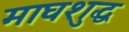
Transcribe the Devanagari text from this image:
माघशुद्ध